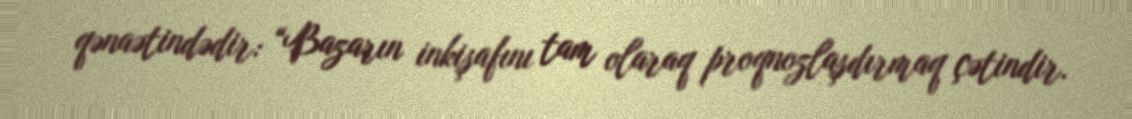
qənaətindədir: “Bazarın inkişafını tam olaraq proqnozlaşdırmaq çətindir.